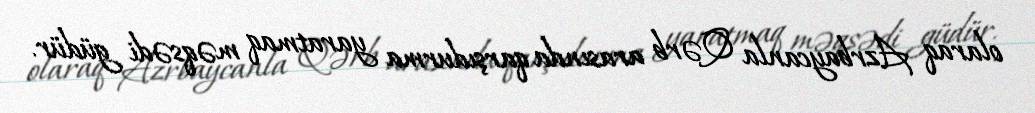
olaraq Azrbaycanla Qərb arasında qarşıdurma yaratmaq məqsədi güdür.